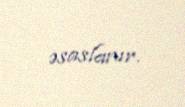
əsaslanır.